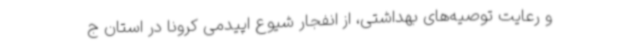
و رعایت توصیه‌های بهداشتی، از انفجار شیوع اپیدمی کرونا در استان ج